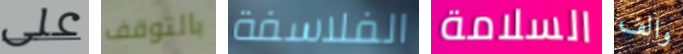
على بالتوقف الفلاسفة السلامة والف